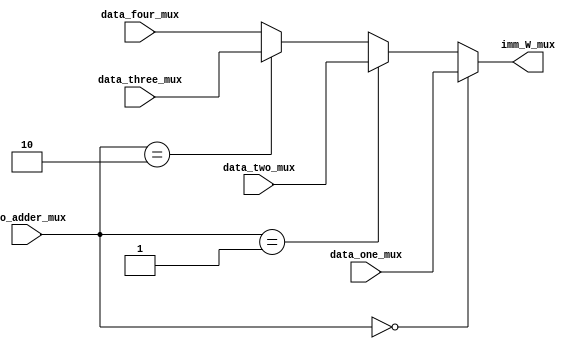
`timescale 1ns / 1ps
//////////////////////////////////////////////////////////////////////////////////
// Company: 
// Engineer: 
// 
// Design Name: 
// Module Name:    W_mux 
// Project Name: 
// Target Devices: 
// Tool versions: 
// Description: 
//
// Dependencies: 
//
// Revision: 
// Revision 0.01 - File Created
// Additional Comments: 
//
//////////////////////////////////////////////////////////////////////////////////
module W_mux(
    input [7:0] data_one_mux,
    input [7:0] data_two_mux,
    input [7:0] data_three_mux,
    input [7:0] data_four_mux,
    input [1:0] two_adder_mux,
    output [7:0] imm_W_mux
    );
	 assign imm_W_mux = (two_adder_mux == 2'b00)?data_one_mux:(two_adder_mux == 2'b01)?data_two_mux:
							  (two_adder_mux == 2'b10)?data_three_mux:data_four_mux;


endmodule